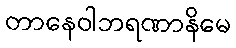
တာနေဝါဘရဏာနိမေ